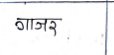
मजकूर: गाजर